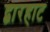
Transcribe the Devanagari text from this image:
द्वारहाट